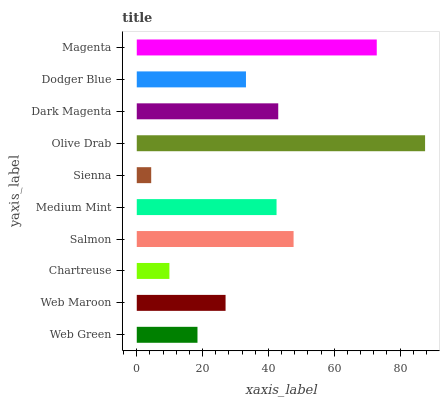
| yaxis_label | bars |
 | --- | --- |
 | Web Green | 18.4 |
 | Web Maroon | 27 |
 | Chartreuse | 9.92 |
 | Salmon | 47.6 |
 | Medium Mint | 42.5 |
 | Sienna | 4.39 |
 | Olive Drab | 87.6 |
 | Dark Magenta | 43 |
 | Dodger Blue | 33.2 |
 | Magenta | 72.9 |